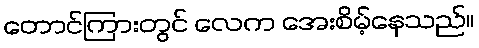
တောင်ကြားတွင် လေက အေးစိမ့်နေသည်။